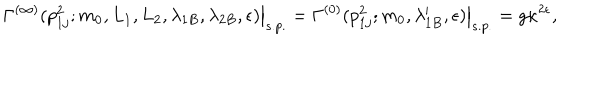
LaTeX: \left. \Gamma ^ { ( \infty ) } ( p _ { 1 j } ^ { 2 } ; m _ { 0 } , L _ { 1 } , L _ { 2 } , \lambda _ { 1 B } , \lambda _ { 2 B } , \epsilon ) \right| _ { s . p . } = \left. \Gamma ^ { ( 0 ) } ( p _ { 1 j } ^ { 2 } ; m _ { 0 } , \lambda _ { 1 B } ^ { \prime } , \epsilon ) \right| _ { s . p . } = g \kappa ^ { 2 \epsilon } ,